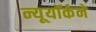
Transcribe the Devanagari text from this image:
न्यूयॉर्कने